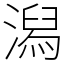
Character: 潟